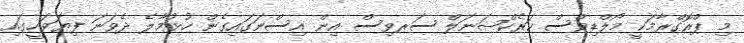
މި ޕްރޮގްރާމަކީ މޯލްޑިވްސް ކަރެކްޝަނަލް ސަރވިސް އިން އިސްނަގައިގެން ހުޅުމާލެ ދެވަނަ ފިޔަވަހީގައި